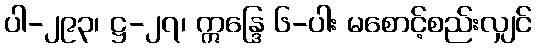
ပါ-၂၉၃၊ ဋ္ဌ-၂၇၊ ဣန္ဒြေ ၆-ပါး မစောင့်စည်းလျှင်